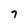
Character: 7